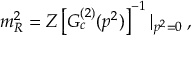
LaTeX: m _ { R } ^ { 2 } = Z \left[ G _ { c } ^ { ( 2 ) } ( p ^ { 2 } ) \right] ^ { - 1 } | _ { p ^ { 2 } = 0 } \: ,